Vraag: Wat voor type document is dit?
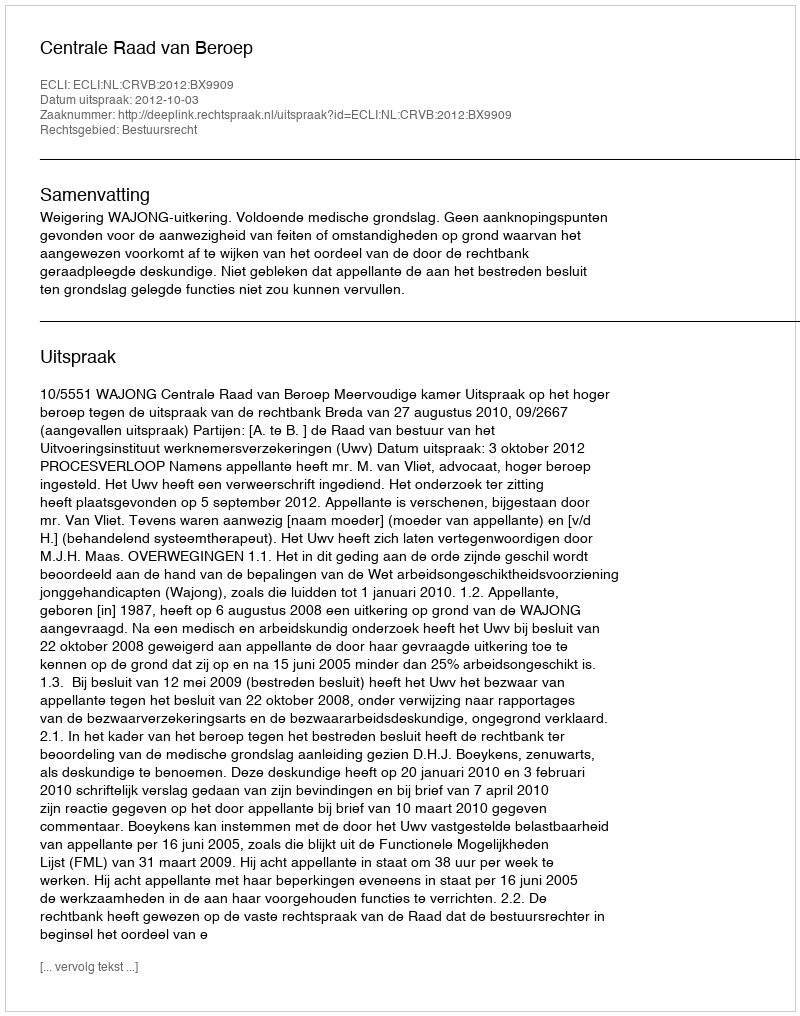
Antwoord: Uitspraak